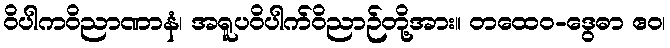
ဝိပါကဝိညာဏာနံ၊ အရူပဝိပါက်ဝိညာဉ်တို့အား။ တထေဝ-ဒွေဓာ ဧဝ၊